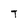
Character: T